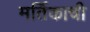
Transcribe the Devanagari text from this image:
मर्तिकाची